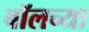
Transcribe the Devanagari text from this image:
बॉलच्या